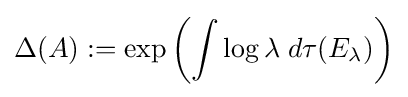
\Delta (A):=\exp \left(\int \log \lambda \;d\tau (E_{\lambda })\right)